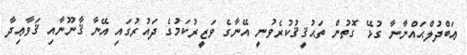
ޢަބްދުލްޙައްނާނާ ގުޅޭ ގޮތުން ތަޙުޤީޤުކުރެވުނީ އޭނާގެ ވަޒީރުކަމުގެ ދައުރުގައި އޭނާ ޤާނޫނާއި ޤަވާޢިދާ